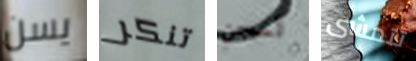
يسن تنكر لسجن تتمشى